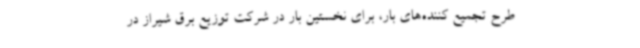
طرح تجمیع کننده‌های بار، برای نخستین بار در شرکت توزیع برق شیراز در